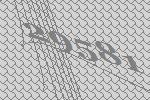
29581